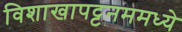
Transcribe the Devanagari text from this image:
विशाखापट्टनममध्ये